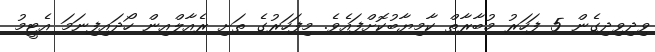
ވިދިވިދިގެން 5 ފަހަރު މުބާރާތް ކާމިޔާބުކޮށްފައެވެ. މިފަހަރުގެ ތަށި ރެއާލްއިން ހޯދައިފިނަމަ އެޓީމު